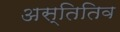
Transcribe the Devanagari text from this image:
अस्तितिव